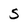
Character: S